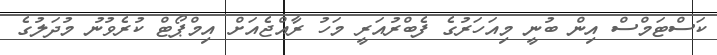
ކަސްޓަމްސް އިން ބުނީ މިއަހަރުގެ ފެބްރުއަރީ މަހު ރާއްޖެއަށް އިމްޕޯޓް ކުރެވުނު މުދަލުގެ